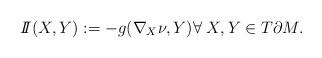
LaTeX: \begin{align*}I\!\!I (X, Y) := -g(\nabla_X \nu, Y) \forall \; X, Y \in T\partial M.\end{align*}